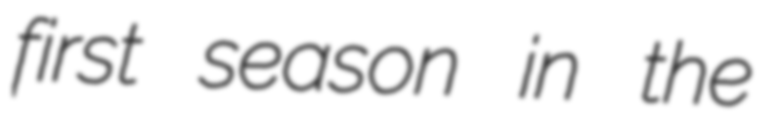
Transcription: first season in the